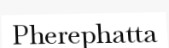
Pherephatta